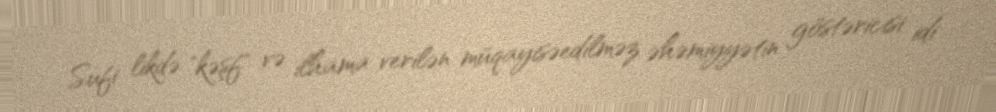
Sufi likdə "kəşf" və ilhama verilən müqayisəedilməz əhəmiyyətin göstəricisi idi